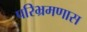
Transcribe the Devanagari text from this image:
परिभ्रमणास